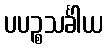
ပပဉ္စသင်္ခါယ